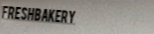
FreshBakery